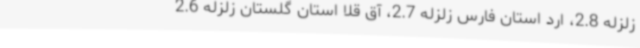
زلزله 2.8، ارد استان فارس زلزله 2.7، آق قلا استان گلستان زلزله 2.6